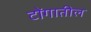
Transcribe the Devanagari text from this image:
टोंगातील